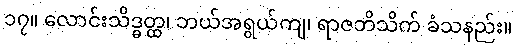
၁၇။ လောင်းသိဒ္ဓတ္ထ၊ ဘယ်အရွယ်ကျ၊ ရာဇဘိသိက် ခံသနည်း။